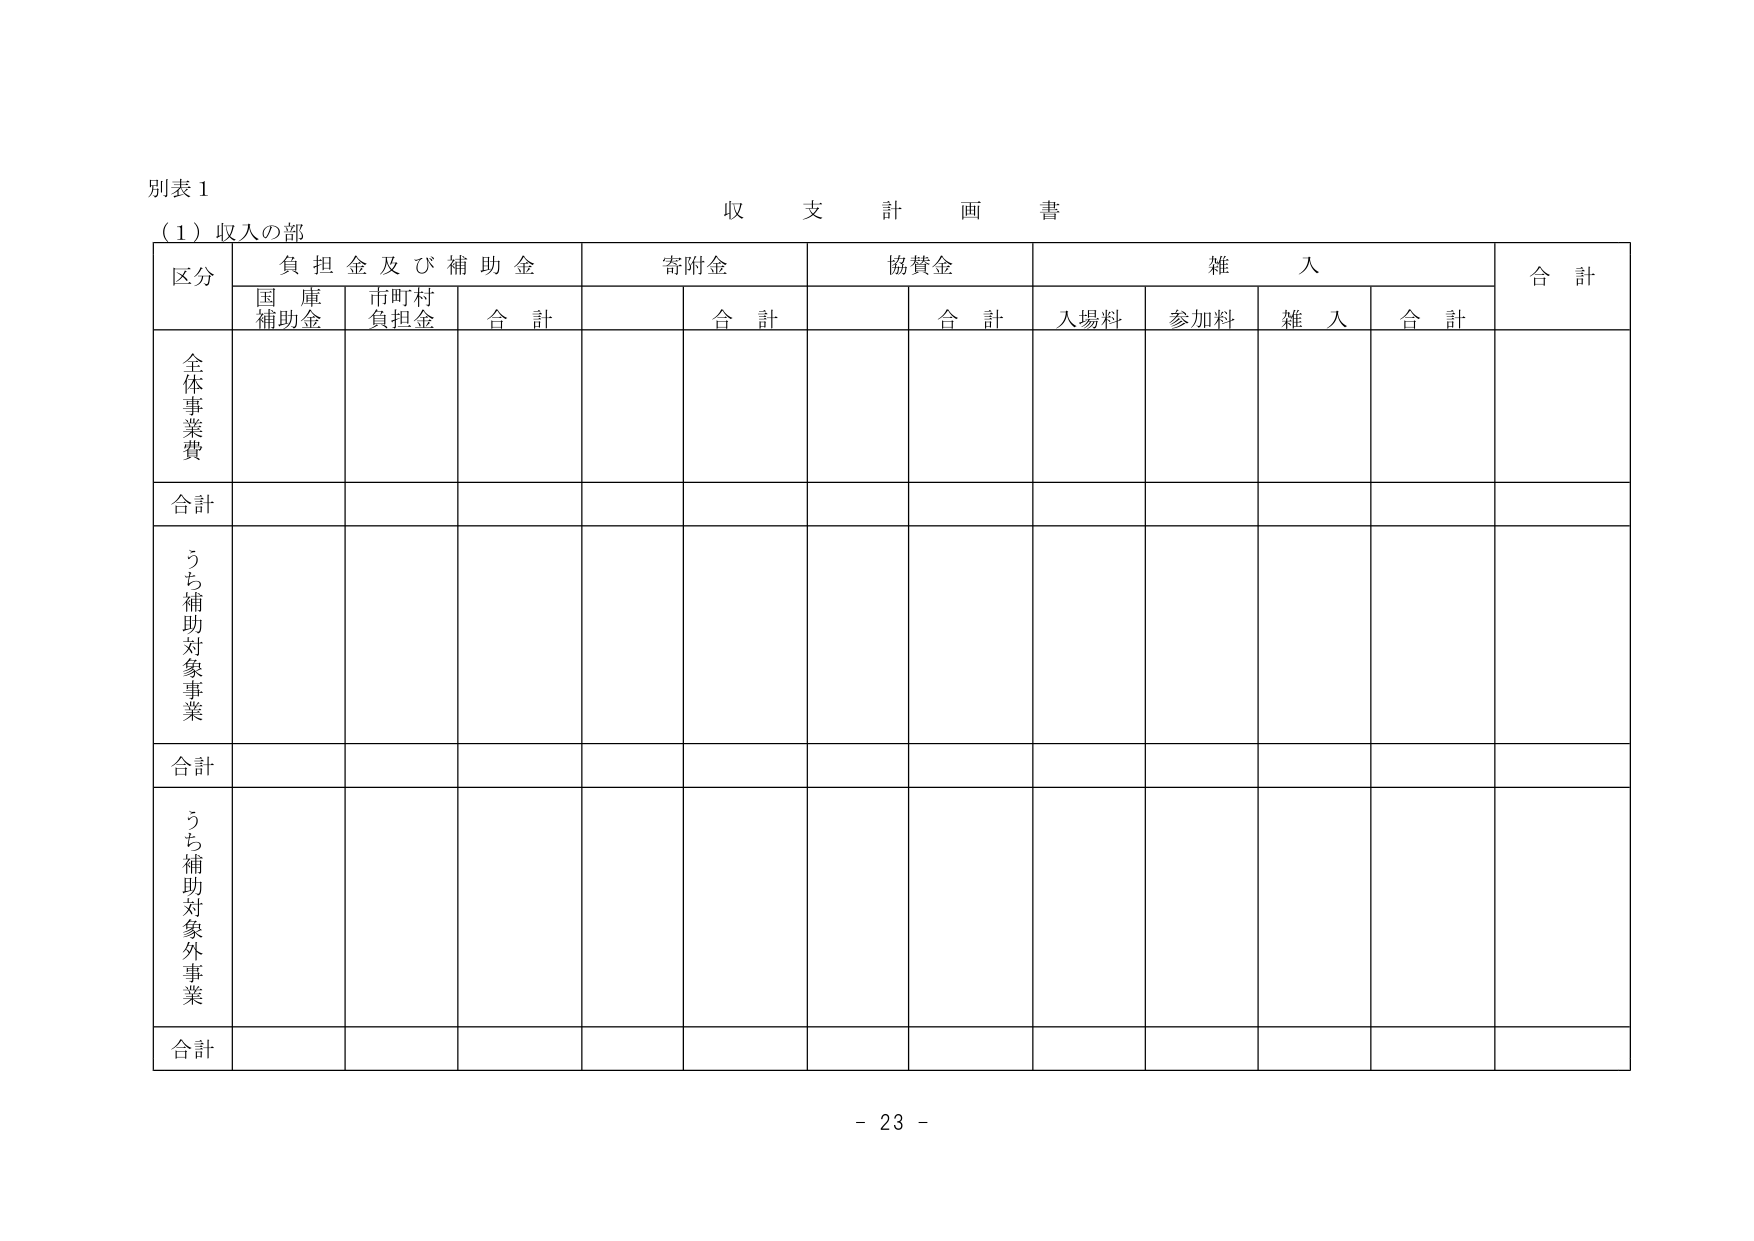
別表１
収支計画書
（１）収入の部
区分　負担金及び補助金　寄附金　協賛金　雑入　合計
　　　国庫補助金　市町村負担金　合計　　合計　　合計　入場料　参加料　雑入　合計
全体事業費
合計
うち補助対象事業
合計
うち補助対象外事業
合計
- 23 -